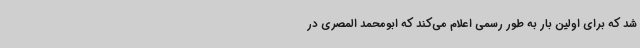
شد که برای اولین بار به طور رسمی اعلام می‌کند که ابومحمد المصری در